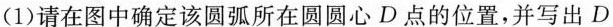
(1)请在图中确定该圆弧所在圆圆心D点的位置，并写出D